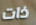
ذات